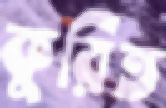
কুরিত